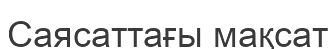
Саясаттағы мақсат